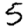
Digit: 5